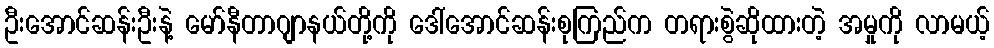
ဦးအောင်ဆန်းဦးနဲ့ မော်နီတာဂျာနယ်တို့ကို ဒေါ်အောင်ဆန်းစုကြည်က တရားစွဲဆိုထားတဲ့ အမှုကို လာမယ့်